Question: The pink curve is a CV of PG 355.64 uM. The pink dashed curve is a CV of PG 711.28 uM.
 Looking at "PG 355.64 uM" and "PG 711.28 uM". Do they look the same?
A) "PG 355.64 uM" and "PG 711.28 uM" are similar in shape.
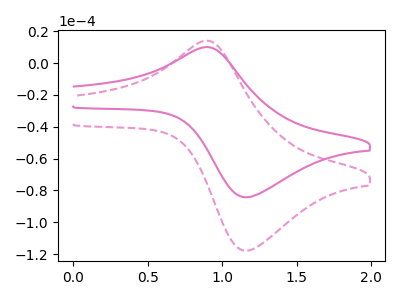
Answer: <think>The pink curve "PG 355.64 uM" has an anodic peak at (0.90V, 10.05uA) and a cathodic peak at (1.15V, -84.25uA). The pink dashed curve "PG 711.28 uM" has an anodic peak at (0.90V, 14.05uA) and a cathodic peak at (1.15V, -117.85uA).
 All the peaks in "PG 355.64 uM" have a peak in "PG 711.28 uM" at the same potential. Every peak in "PG 355.64 uM" is lower than every peak in "PG 711.28 uM".</think>
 <answer>A) "PG 355.64 uM" and "PG 711.28 uM" are similar in shape.</answer>
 <eval>A</eval>